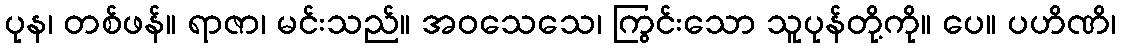
ပုန၊ တစ်ဖန်။ ရာဇာ၊ မင်းသည်။ အဝသေသေ၊ ကြွင်းသော သူပုန်တို့ကို။ ပေ။ ပဟိဏိ၊